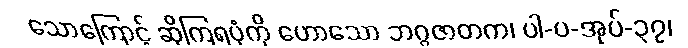
သောကြောင့် ဆိုကြရပုံကို ဟောသော ဘဂ္ဂဇာတက၊ ပါ-ပ-အုပ်-၃၇၊